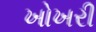
ખોખરી